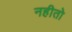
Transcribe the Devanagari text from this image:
नहीतो